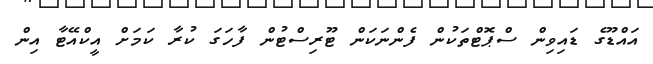
އައްޑޫގެ ޑައިވިން ސްޕޮޓްތަކުން ފެންނަކަން ޓޫރިސްޓުން ފާހަގަ ކުރާ ކަމަށް އީކްއޭޓާ އިން